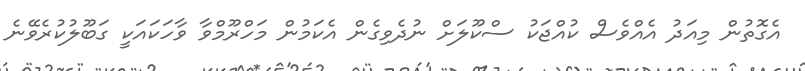
އެގޮތުން މިއަދު އެއްވެސް ކުއްޖަކު ސްކޫލަށް ނުދެވިގެން އެކަމުން މަހްރޫމްވާ ވާހަކައަކީ ގަބޫލުކުރެވޭނެ